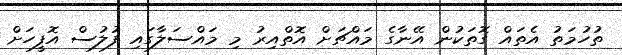
ތުހުމަތު އެތައް ގޮތަކުން އޭނާގެ މައްޗަށް އޮތްއިރު މި މައްސަލާގައި ފުލުސް އޮފީހަށް